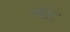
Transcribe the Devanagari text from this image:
ष्ष्ठी